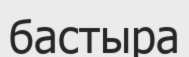
бастыра